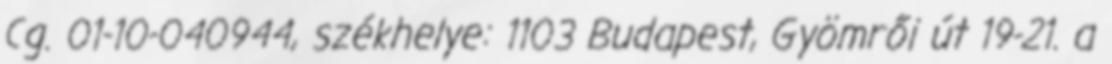
Cg. 01-10-040944, székhelye: 1103 Budapest, Gyömrői út 19-21. a